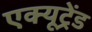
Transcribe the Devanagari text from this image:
एक्यूट्रेंड